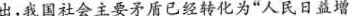
出，我国社会主要矛盾已经转化为”人民日益增